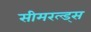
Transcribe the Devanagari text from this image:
सीमरल्ड्स